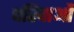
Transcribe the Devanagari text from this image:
परिवाओं